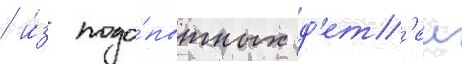
/ и́з подо́пытных д'ет'еи